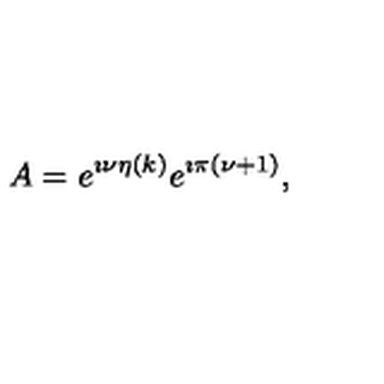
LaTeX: A = e ^ { \imath \nu \eta ( k ) } e ^ { \imath \pi ( \nu + 1 ) } ,